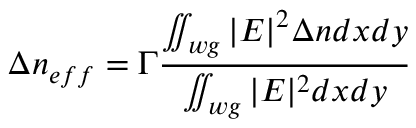
\Delta n _ { e f f } = \Gamma \frac { \iint _ { w g } | E | ^ { 2 } \Delta n d x d y } { \iint _ { w g } | E | ^ { 2 } d x d y }